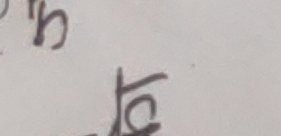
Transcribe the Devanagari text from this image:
नि ट्ठ